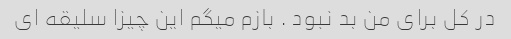
در کل برای من بد نبود . بازم میگم این چیزا سلیقه ای